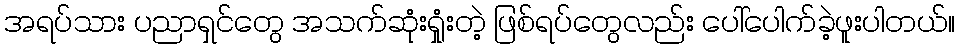
အရပ်သား ပညာရှင်တွေ အသက်ဆုံးရှုံးတဲ့ ဖြစ်ရပ်တွေလည်း ပေါ်ပေါက်ခဲ့ဖူးပါတယ်။